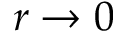
r \rightarrow 0